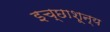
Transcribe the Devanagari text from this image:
इच्छाशून्य